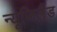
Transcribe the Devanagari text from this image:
न्यूजिलैंड